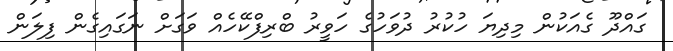
ގައްދޫ ގެއަކުން މިދިޔަ ހުކުރު ދުވަހުގެ ހަވީރު ބްރިފްކޭހެއް ވަގަށް ނަގައިގެން ފިލަން